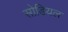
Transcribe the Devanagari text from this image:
सोडियल